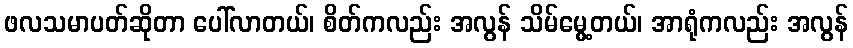
ဖလသမာပတ်ဆိုတာ ပေါ်လာတယ်၊ စိတ်ကလည်း အလွန် သိမ်မွေ့တယ်၊ အာရုံကလည်း အလွန်